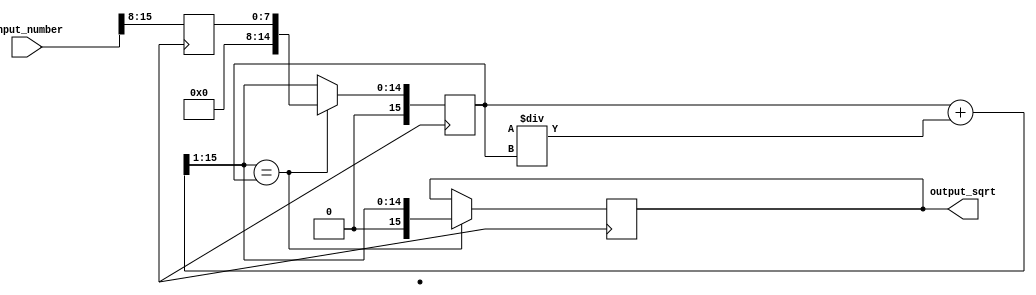
module fixed_point_square_root (
    input [15:0] input_number,
    output reg [15:0] output_sqrt
);

reg [7:0] integer_part; 
reg [7:0] fractional_part; 
reg [15:0] estimate;
reg [15:0] next_estimate;

always @ (posedge clk) begin
    integer_part <= input_number[15:8];
    fractional_part <= input_number[7:0];
    
    estimate <= {8'b0, integer_part};
    
    next_estimate = (estimate + ((input_number << 16) / estimate)) >> 1;
    
    if (next_estimate == estimate) begin
        output_sqrt = {next_estimate[15:8], next_estimate[7:0]};
    end else begin
        estimate <= next_estimate;
    end
end

endmodule